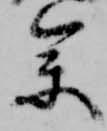
参